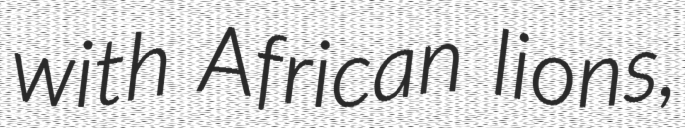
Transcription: with African lions,